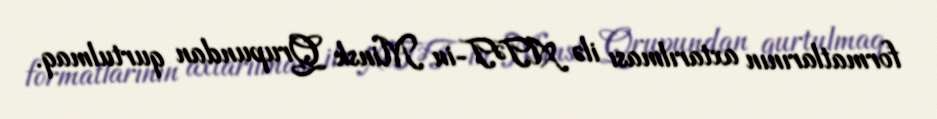
formatlarının axtarılması ilə ATƏT-in Minsk Qrupundan qurtulmaq.